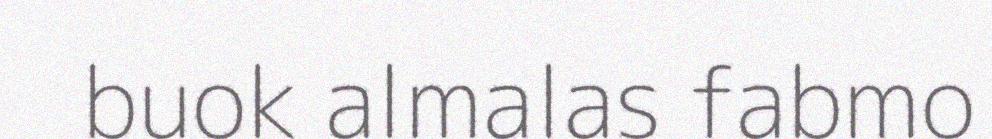
buok almalas fabmo